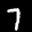
Label: 7